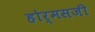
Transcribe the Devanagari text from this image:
होर्मसजी